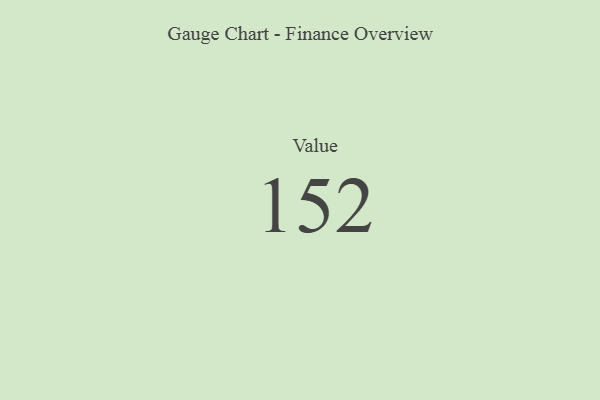
{"axis": {"x": "Metric", "y": "Value"}, "legend": [""], "data": [{"x": "Value", "y": 152, "type": ""}]}